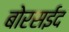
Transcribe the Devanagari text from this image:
बोरसईद